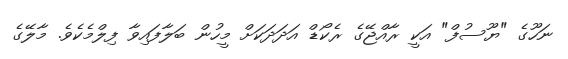
ނަހޫގެ "ޔޫސުފް" އަކީ ރާއްޖޭގެ ރެކޯޑް އަދަދަކަށް މީހުން ބަލާފައިވާ ފިލްމެކެވެ. މާލޭގެ